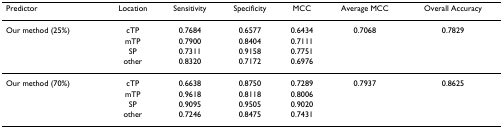
| Predictor | Location | Sensitivity | Specificity | MCC | Average MCC | Overall Accuracy |
 | --- | --- | --- | --- | --- | --- | --- |
 | Our method (25%) | cTP | 0.7684 | 0.6577 | 0.6434 | 0.7068 | 0.7829 |
 |  | mTP | 0.7900 | 0.8404 | 0.7111 |  |  |
 |  | SP | 0.7311 | 0.9158 | 0.7751 |  |  |
 |  | other | 0.8320 | 0.7172 | 0.6976 |  |  |
 | Our method (70%) | cTP | 0.6638 | 0.8750 | 0.7289 | 0.7937 | 0.8625 |
 |  | mTP | 0.9618 | 0.8118 | 0.8006 |  |  |
 |  | SP | 0.9095 | 0.9505 | 0.9020 |  |  |
 |  | other | 0.7246 | 0.8475 | 0.7431 |  |  |